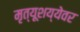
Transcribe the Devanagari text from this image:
मृत्यूशय्येवर